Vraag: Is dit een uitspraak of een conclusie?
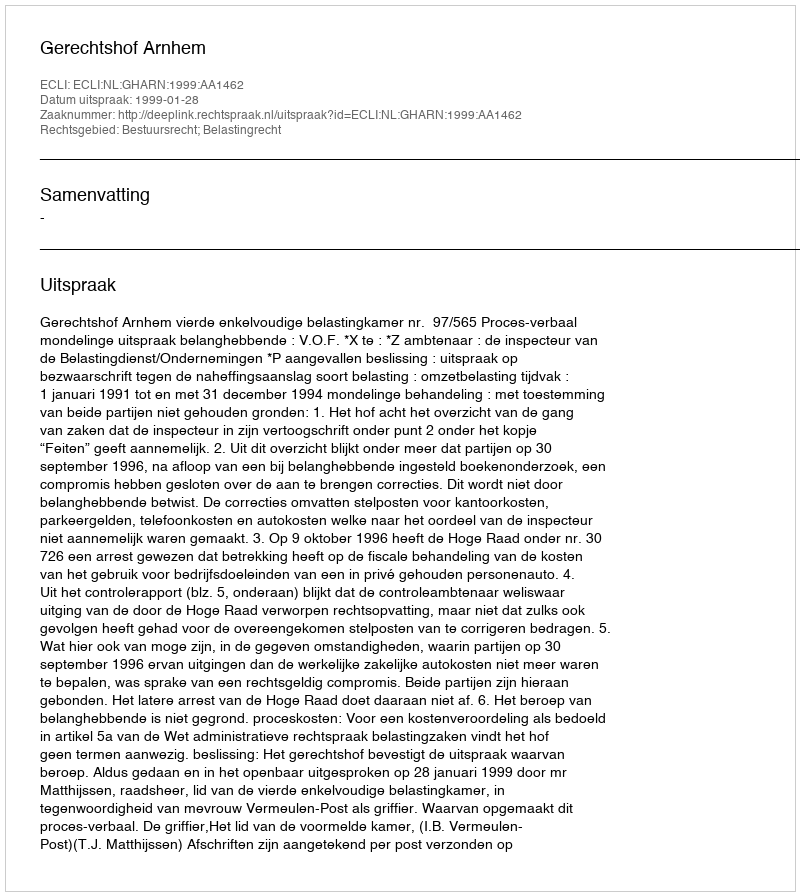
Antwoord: Uitspraak